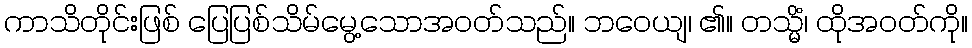
ကာသိတိုင်းဖြစ် ပြေပြစ်သိမ်မွေ့သောအဝတ်သည်။ ဘဝေယျ၊ ၏။ တသ္မိံ၊ ထိုအဝတ်ကို။